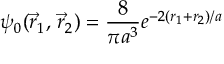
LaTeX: \psi _ { 0 } ( { \vec { r } } _ { 1 } , \, { \vec { r } } _ { 2 } ) = { \frac { 8 } { \pi a ^ { 3 } } } e ^ { - 2 ( r _ { 1 } + r _ { 2 } ) / a }